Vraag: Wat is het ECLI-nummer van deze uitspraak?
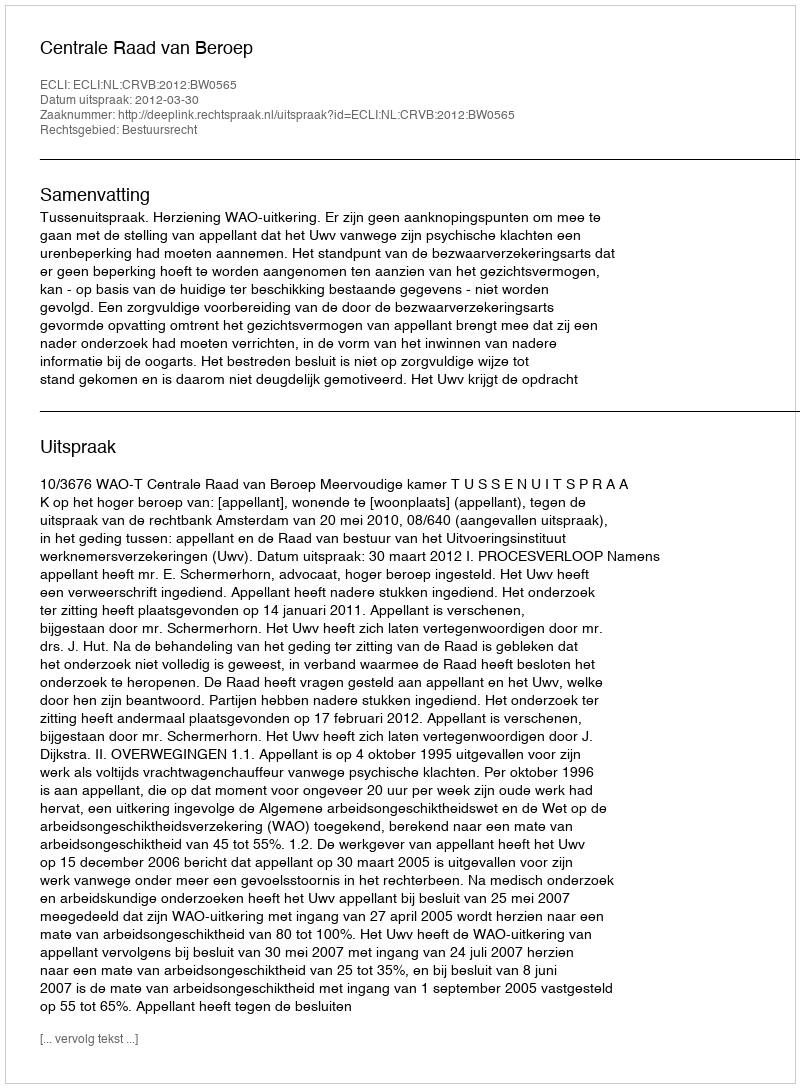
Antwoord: ECLI:NL:CRVB:2012:BW0565